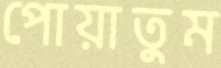
পোয়াতুম